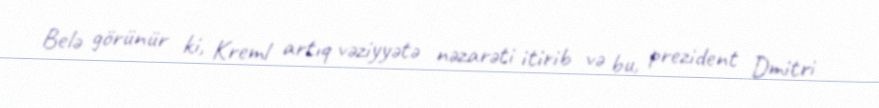
Belə görünür ki, Kreml artıq vəziyyətə nəzarəti itirib və bu, prezident Dmitri